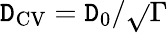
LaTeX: \mathtt{D}_{\mathrm{{CV}}}=\mathtt{D}_{0}/\sqrt{}{{\Gamma}}